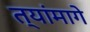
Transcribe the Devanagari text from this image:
त्यांमागे